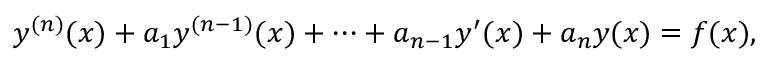
y ^ { ( n ) } ( x ) + a _ { 1 } y ^ { ( n - 1 ) } ( x ) + \cdots + a _ { n - 1 } y ^ { \prime } ( x ) + a _ { n } y ( x ) = f ( x ) ,